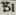
Text: B1